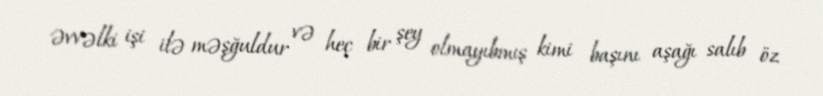
əvvəlki işi ilə məşğuldur və heç bir şey olmayıbmış kimi başını aşağı salıb öz